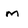
Character: m